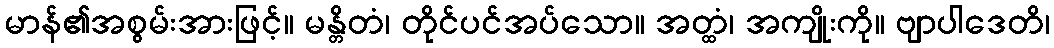
မာန်၏အစွမ်းအားဖြင့်။ မန္တိတံ၊ တိုင်ပင်အပ်သော။ အတ္ထံ၊ အကျိုးကို။ ဗျာပါဒေတိ၊